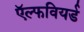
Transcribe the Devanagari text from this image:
ऍल्फवियर्ड